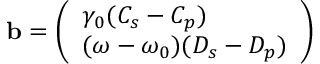
\begin{array} { r } { \mathbf { b } = \left( \begin{array} { l } { \gamma _ { 0 } ( C _ { s } - C _ { p } ) } \\ { ( \omega - \omega _ { 0 } ) ( D _ { s } - D _ { p } ) } \end{array} \right) } \end{array}